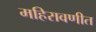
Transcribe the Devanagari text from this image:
महिरावणीत